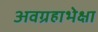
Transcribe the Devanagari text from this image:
अवग्रहाभेक्षा